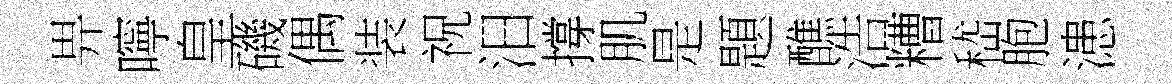
畀嚀皇磯偶装祝汨撐肌是題醮浩糟嵇胞漶